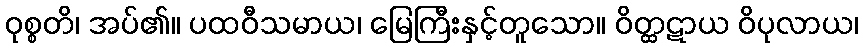
ဝုစ္စတိ၊ အပ်၏။ ပထဝီသမာယ၊ မြေကြီးနှင့်တူသော။ ဝိတ္ထဋာယ ဝိပုလာယ၊